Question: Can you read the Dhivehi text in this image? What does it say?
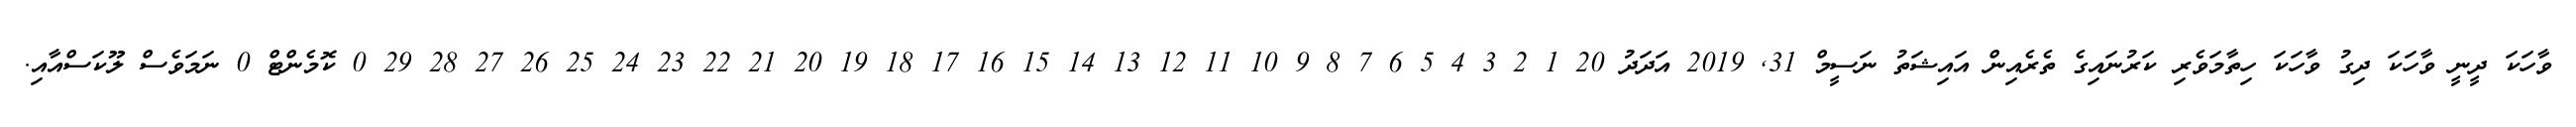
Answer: ވާހަކަ ދީނީ ވާހަކަ ދިގު ވާހަކަ ހިތާމަވެރި ކަރުނައިގެ ތެރެއިން އައިޝަތު ނަސީމް 31, 2019 އަދަދު 20 1 2 3 4 5 6 7 8 9 10 11 12 13 14 15 16 17 18 19 20 21 22 23 24 25 26 27 28 29 0 ކޮމެންޓް 0 ނަމަވެސް ލޫކަސްއާއި.